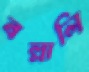
বল্লালি